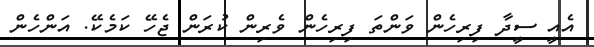
އެއީ ސީދާ ފިރިހެން ވަންތަ ފިރިހެން ވެެރިން ކުރަން ޖެހޭ ކަމެކޭ. އަންހެން